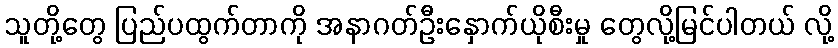
သူတို့တွေ ပြည်ပထွက်တာကို အနာဂတ်ဦးနှောက်ယိုစီးမှု တွေလို့မြင်ပါတယ် လို့